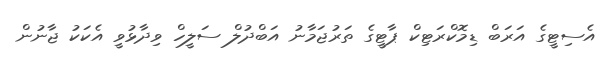
އެސިޓީގެ އަރަބް ޑިމޮކްރަޓިކް ޕާޓީގެ ތަރުޖަމާނު އަބްދުލް ސަލީހް ވިދާޅުވީ އެކަކު ޖާނުން